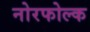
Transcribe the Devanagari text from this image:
नोरफोल्क